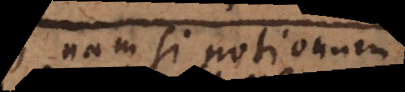
nam si notionum